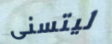
ليتسنى